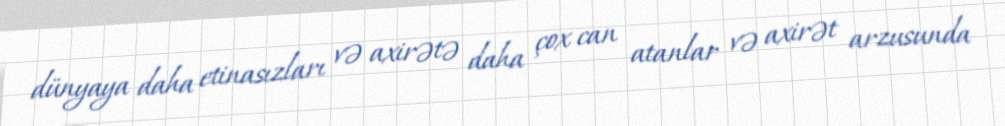
dünyaya daha etinasızları və axirətə daha çox can atanlar və axirət arzusunda